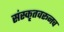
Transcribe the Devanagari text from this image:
संस्कृतवरूनच